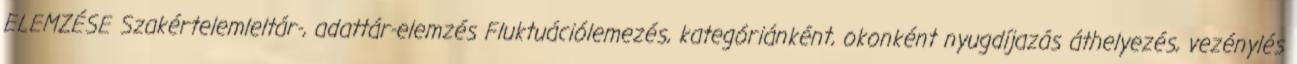
ELEMZÉSE Szakértelemleltár-, adattár-elemzés Fluktuációlemezés, kategóriánként, okonként nyugdíjazás áthelyezés, vezénylés